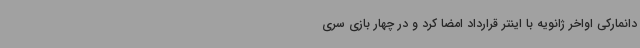
دانمارکی اواخر ژانویه با اینتر قرارداد امضا کرد و در چهار بازی سری